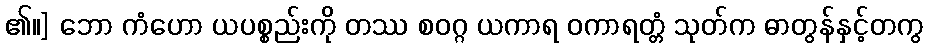
၏။] ဘော ကံဟော ယပစ္စည်းကို တဿ စဝဂ္ဂ ယကာရ ဝကာရတ္တံ သုတ်က ဓာတွန်နှင့်တကွ